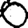
Digit: 0